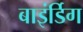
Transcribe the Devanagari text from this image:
बाइंर्डिग